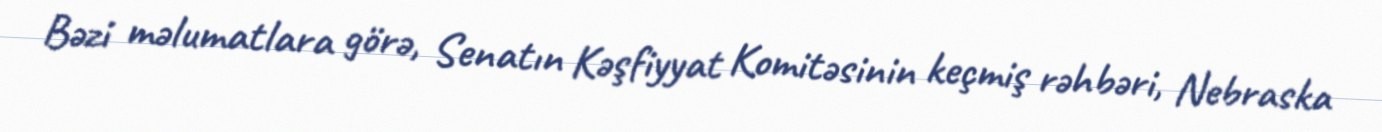
Bəzi məlumatlara görə, Senatın Kəşfiyyat Komitəsinin keçmiş rəhbəri, Nebraska